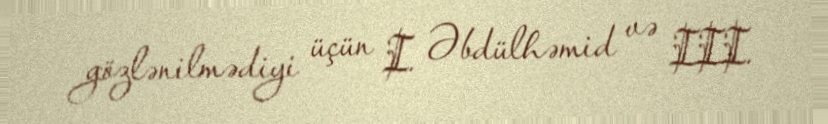
gözlənilmədiyi üçün I. Əbdülhəmid və III.